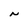
Character: N